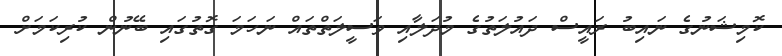
ކޮމިޝަނުގެ ނައިބު ރައީސް ދައުލަތުގެ މުދަލާއި ވަސީލަތްތައް ނަހަމަ ގޮތުގައި ބޭނުން ކުރިކަމަށް